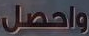
واحصل